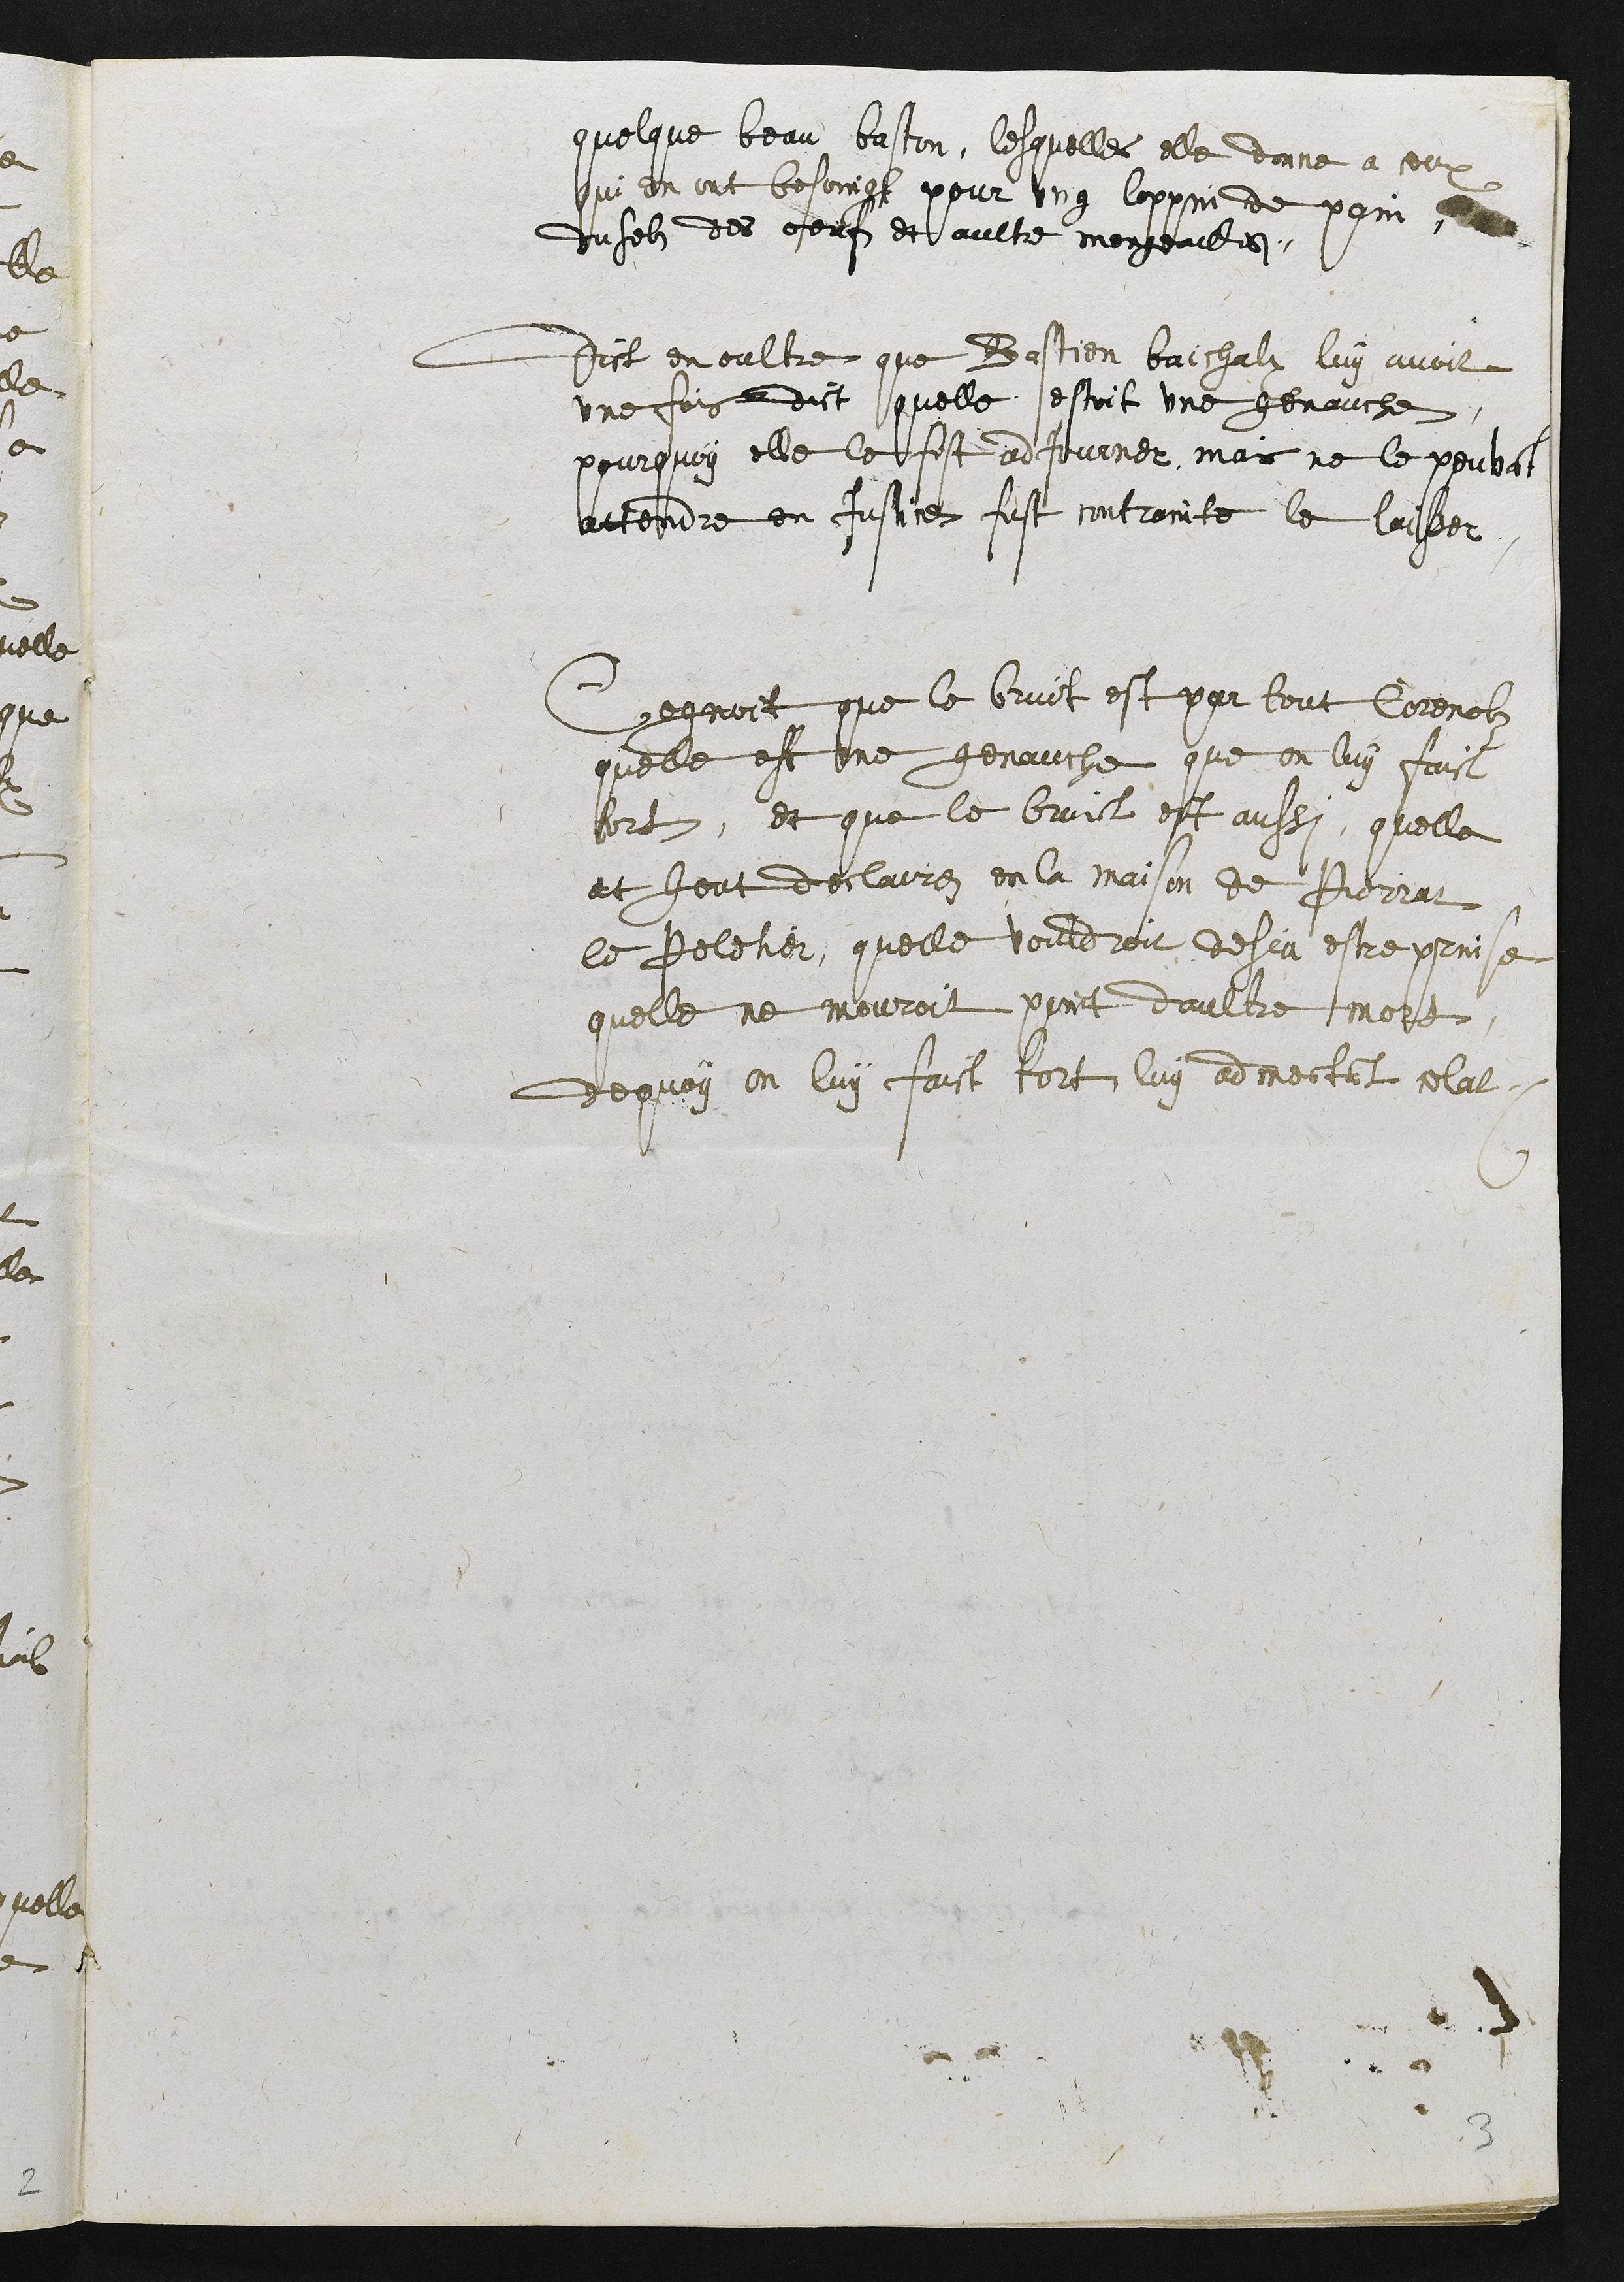
quelque beau baston, lesquelles elle donne a ceux
qui en ont besoingt pour ung loppin de pain,
du selz des œufs et aultre mengeailles.
Dict en oultre que Bastien Baichalx luy avoit
une fois dict quelle estoit une genauche
pourquoy elle le fist adjourner, mais ne le pouva[n]t
attendre en justice fust contrainte le laisser.
Cognoit que le bruict est par tout Corenolz
quelle est une genauche que on luy faict
tort, et que le bruict est aussi, quelle
at heut declaires en la maison de Pierrat
le Peletier, quelle voudroit desia estre prinse
quelle ne mouroit point daultre mort,
dequoy on luy faict tort, luy admesta[n]t celat.